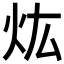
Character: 𤆠